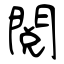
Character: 閱